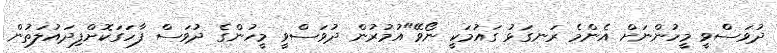
ދުވަސްވީ މީހުންނަށް އެންމެ ރަނގަޅު ގައުމަކީ ނޯވޭ"އުމުރުން ދުވަސްވީ މީހުންގެ ދުވަސް ފާހަގަކޮށްފިދައުލަތުން